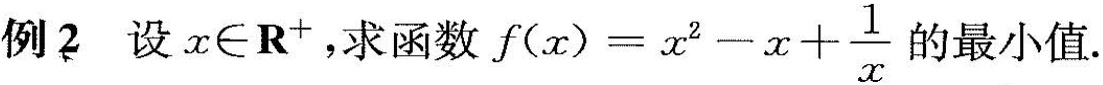
例2 设$$x\in R^{+}$$，求函数$$ f(x)=x^{2}-x+ \frac{1}{x}$$ 的最小值.